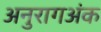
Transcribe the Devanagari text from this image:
अनुरागअंक